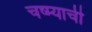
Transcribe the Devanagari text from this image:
चष्म्याची